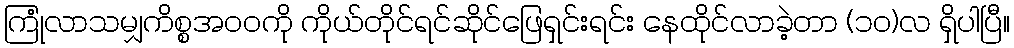
ကြုံလာသမျှကိစ္စအဝဝကို ကိုယ်တိုင်ရင်ဆိုင်ဖြေရှင်းရင်း နေထိုင်လာခဲ့တာ (၁၀)လ ရှိပါပြီ။